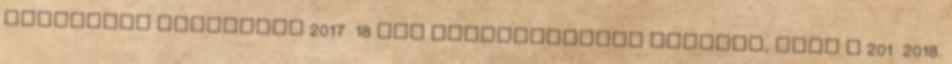
ösztöndíj frissítés 2017 18 ősz Tájékoztatunk Titeket, hogy a 201 2018.